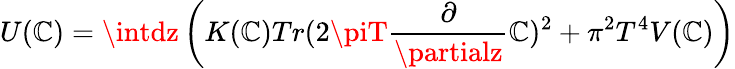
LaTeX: U(\mathbb{C})=\intdz\left(K(\mathbb{C})Tr(2\piT{\frac{{\partial}}{{\partialz}}}\mathbb{C})^{2}+\pi^{2}T^{4}V(\mathbb{C})\right)